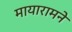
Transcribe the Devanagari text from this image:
मायारामने